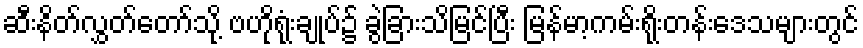
ဆီးနိတ်လွှတ်တော်သို့ ဗဟိုရုံးချုပ်၌ ခွဲခြားသိမြင်ပြီး မြန်မာ့ကမ်းရိုးတန်းဒေသများတွင်